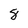
Character: 8